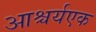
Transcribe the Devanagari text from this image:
आश्चर्यएक